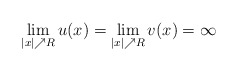
\begin{align*} \lim\limits_{|x|\nearrow R}u(x)= \lim\limits_{|x|\nearrow R}v(x)=\infty\end{align*}